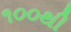
૧૦૦થી